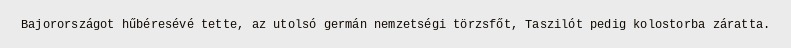
Bajorországot hűbéresévé tette, az utolsó germán nemzetségi törzsfőt, Taszilót pedig kolostorba záratta.